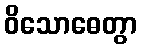
ဝိသောဓေတွာ